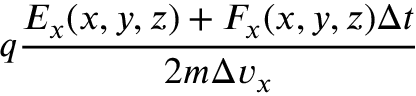
q \frac { E _ { x } ( x , y , z ) + F _ { x } ( x , y , z ) \Delta t } { 2 m \Delta v _ { x } }